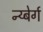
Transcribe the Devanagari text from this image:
न्य्बेर्ग